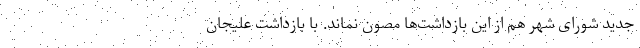
جدید شورای شهر هم از این بازداشت‌ها مصون نماند. با بازداشت علیجان